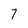
Character: 7